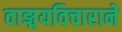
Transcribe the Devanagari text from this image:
वाङ्मयविचाराने